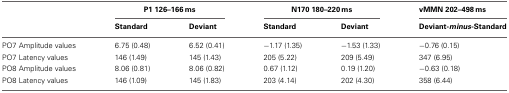
<table><thead><tr><td></td><td colspan="2"><b>P1 126–166 ms</b></td><td colspan="2"><b>N170 180–220 ms</b></td><td><b>vMMN 202–498 ms</b></td></tr><tr><td></td><td><b>Standard</b></td><td><b>Deviant</b></td><td><b>Standard</b></td><td><b>Deviant</b></td><td><b>Deviant-<i>minus</i>-Standard</b></td></tr></thead><tbody><tr><td>PO7 Amplitude values</td><td>6.75 (0.48)</td><td>6.52 (0.41)</td><td>−1.17 (1.35)</td><td>−1.53 (1.33)</td><td>−0.76 (0.15)</td></tr><tr><td>PO7 Latency values</td><td>146 (1.49)</td><td>145 (1.43)</td><td>205 (5.22)</td><td>209 (5.49)</td><td>347 (6.95)</td></tr><tr><td>PO8 Amplitude values</td><td>8.06 (0.81)</td><td>8.06 (0.82)</td><td>0.67 (1.12)</td><td>0.19 (1.20)</td><td>−0.63 (0.18)</td></tr><tr><td>PO8 Latency values</td><td>146 (1.09)</td><td>145 (1.83)</td><td>203 (4.14)</td><td>202 (4.30)</td><td>358 (6.44)</td></tr></tbody></table>